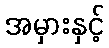
အမှားနှင့်